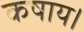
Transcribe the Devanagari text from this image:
कषाय।